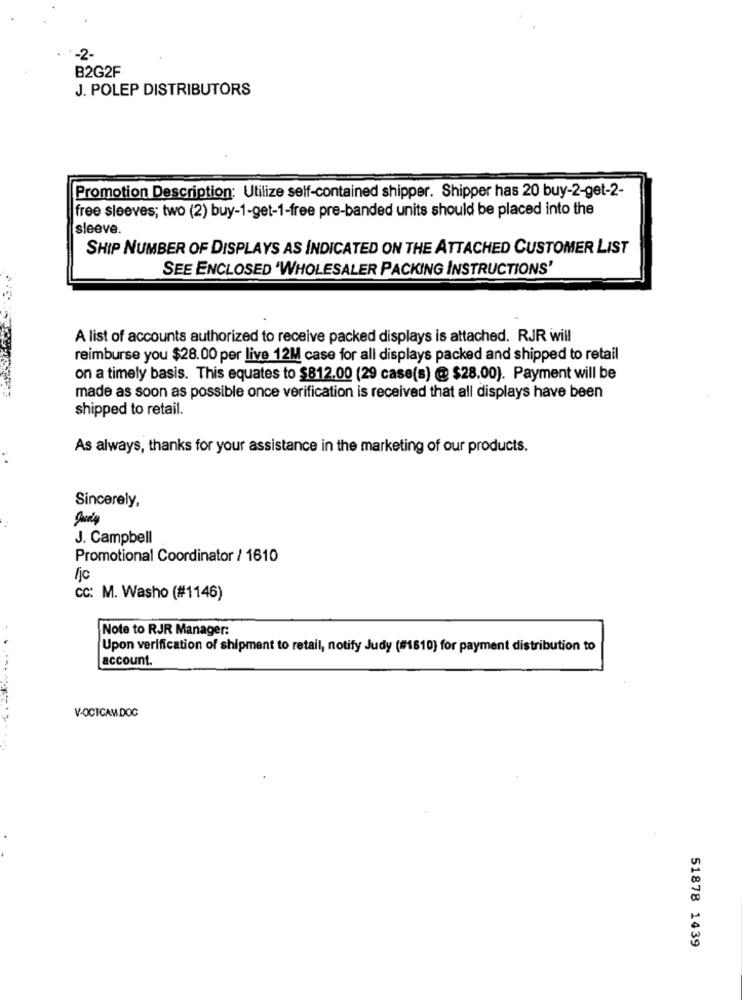
-2-
B2G2F
J. POLEP DISTRIBUTORS
Promotion Description: Utilize self-contained shipper. Shipper has 20 buy-2-get-2-
free sleeves; two (2) buy-1-get-1-free pre-banded units should be placed into the
sleeve.
SHIP NUMBER OF DISPLAYS AS INDICATED ON THE ATTACHED CUSTOMER LIST
SEE ENCLOSED 'WHOLESALER PACKING INSTRUCTIONS'
A list of accounts authorized to receive packed displays is attached. RJR will
reimburse you $28.00 per live 12M case for all displays packed and shipped to retail
on a timely basis. This equates to $812.00 (29 case(s) @ $28.00). Payment will be
made as soon as possible once verification is received that all displays have been
shipped to retail.
As always, thanks for your assistance in the marketing of our products.
Sincerely,
J. Campbell
Promotional Coordinator / 1610
fjc
CC: M. Washo (#1146)
Note to RJR Manager:
Upon verification of shipment to retail, notify Judy (#1610) for payment distribution to
account.
V-OCICAM.DOC
51878 1439